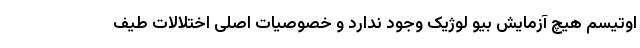
اوتیسم هیچ آزمایش بیو لوژیک وجود ندارد و خصوصیات اصلی اختلالات طیف